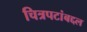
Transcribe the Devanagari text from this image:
चित्रपटांबद्दल